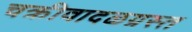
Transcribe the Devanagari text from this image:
चक्रीवादळग्रस्त